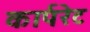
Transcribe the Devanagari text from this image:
कार्परेट